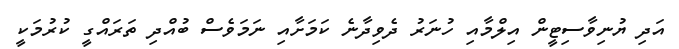
އަދި ޔުނިވާސިޓީން އިލްމާއި ހުނަރު ދެވިދާނެ ކަމަށާއި ނަމަވެސް ބުއްދި ތަރައްގީ ކުރުމަކީ